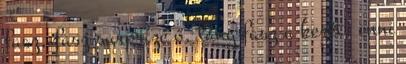
fasz, fasz surprize ő, lány fasz a kezét, enni